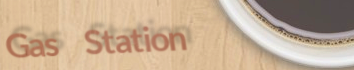
Gas Station